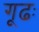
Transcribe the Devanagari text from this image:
गूढः